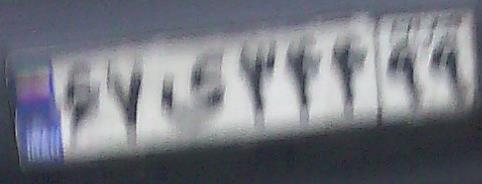
۶۷ی۳۴۴۹۹